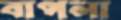
বাপলা